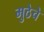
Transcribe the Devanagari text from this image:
मुठेचे